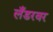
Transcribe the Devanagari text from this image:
लँडरवर